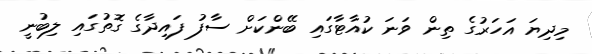
މިދިޔަ އަހަރުގެ ތިން ވަނަ ކުއާޓާގައި ބޭންކަށް ސާފު ފައިދާގެ ގޮތުގައި ލިބުނީ